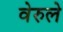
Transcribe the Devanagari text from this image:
वेरुले